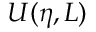
U ( \eta , L )